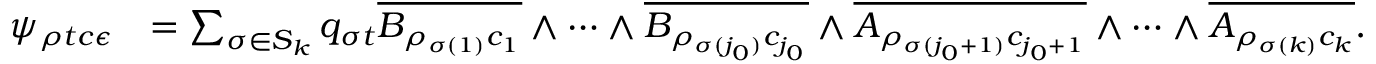
\begin{array} { r l } { \psi _ { \rho t c \epsilon } } & { = \sum _ { \sigma \in S _ { k } } q _ { \sigma t } \overline { { B _ { \rho _ { \sigma ( 1 ) } c _ { 1 } } } } \wedge \cdots \wedge \overline { { B _ { \rho _ { \sigma ( j _ { 0 } ) } c _ { j _ { 0 } } } } } \wedge \overline { { A _ { \rho _ { \sigma ( j _ { 0 } + 1 ) } c _ { j _ { 0 } + 1 } } } } \wedge \cdots \wedge \overline { { A _ { \rho _ { \sigma ( k ) } c _ { k } } } } . } \end{array}